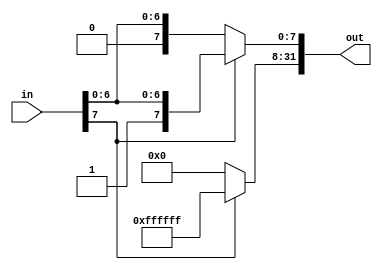
`timescale 1ns / 1ps
////////////////////////////////////////////////////////////////////////////////
// ECE369 - Computer Architecture
// 
// Module - SignExtension.v
// Description - Sign extension module.
////////////////////////////////////////////////////////////////////////////////
module SignExtByte(in, out);

    /* A 16-Bit input word */
    input [7:0] in;
    
    /* A 32-Bit output word */
    output reg [31:0] out;   //using always @
    //output [31:0] out;   //using assign statement
    
    /* Fill in the implementation here ... */
    always@(in) begin
        out <= 32'dx;
        // halfword sign extended
        if(in[7] == 0) begin
            out[7:0] <= in;
            out[31:8] <= 24'h0;
        end
        else if (in[7] == 1) begin
            out[7:0] <= in;
            out[31:8] <= 24'hFFFFFF;//1111111111111111;
        end
    end

endmodule